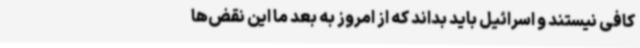
کافی نیستند و اسرائیل باید بداند که از امروز به بعد ما این نقض‌ها